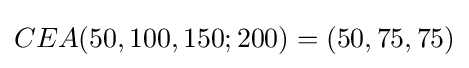
CEA(50,100,150;200)=(50,75,75)